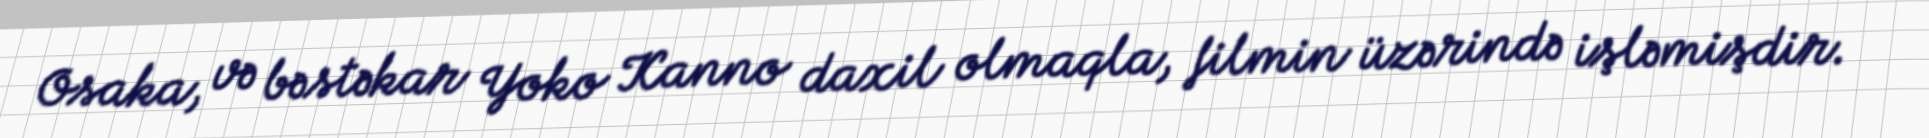
Osaka, və bəstəkar Yoko Kanno daxil olmaqla, filmin üzərində işləmişdir.